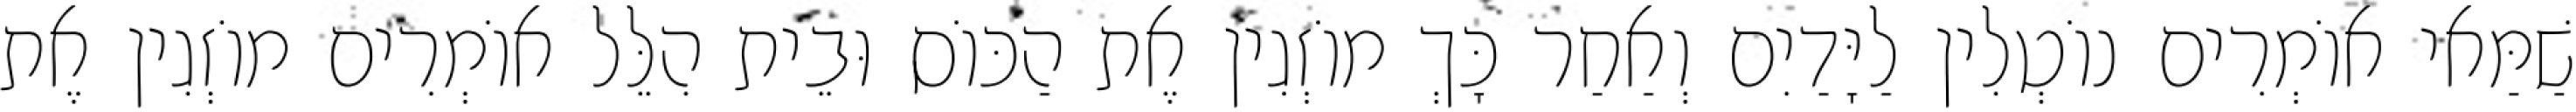
שַׁמַּאי אוֹמְרִים נוֹטְלִין לַיָּדַיִם וְאַחַר כָּךְ מוֹזְגִין אֶת הַכּוֹס וּבֵית הִלֵּל אוֹמְרִים מוֹזְגִין אֶת